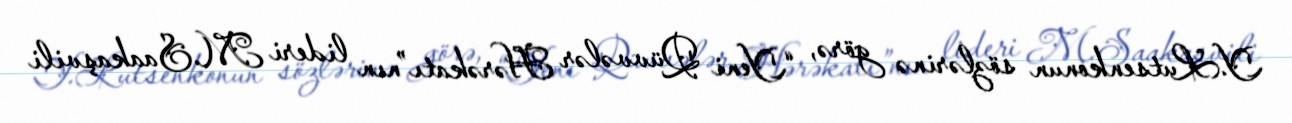
Y.Lutsenkonun sözlərinə görə, “Yeni Qüvvələr Hərəkatı”nın lideri M.Saakaşvili